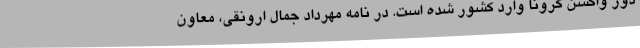
دوز واکسن کرونا وارد کشور شده است. در نامه مهرداد جمال ارونقی، معاون